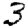
Digit: 3